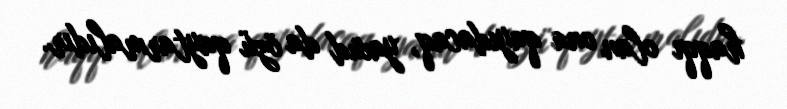
haqqı olan ona qayıdacaq, yaxud da özü qaytarmalıdır.